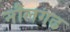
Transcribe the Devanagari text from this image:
नौलगढ